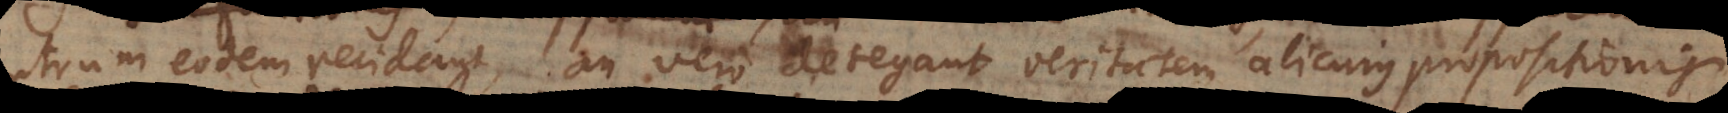
utrum eodem recidant, an vero detegant veritatem alicujus propositionis